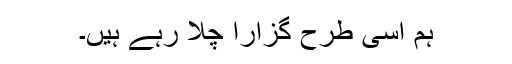
ہم اسی طرح گزارا چلا رہے ہیں۔